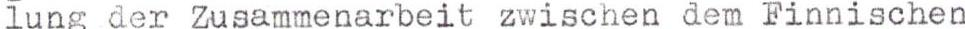
lung der Zusammenarbeit zwischen dem Finnischen